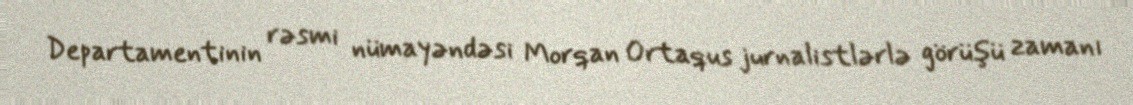
Departamentinin rəsmi nümayəndəsi Morqan Ortaqus jurnalistlərlə görüşü zamanı